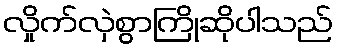
လှိုက်လှဲစွာကြိုဆိုပါသည်